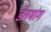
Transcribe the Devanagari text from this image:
डेनयांग